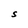
Character: S